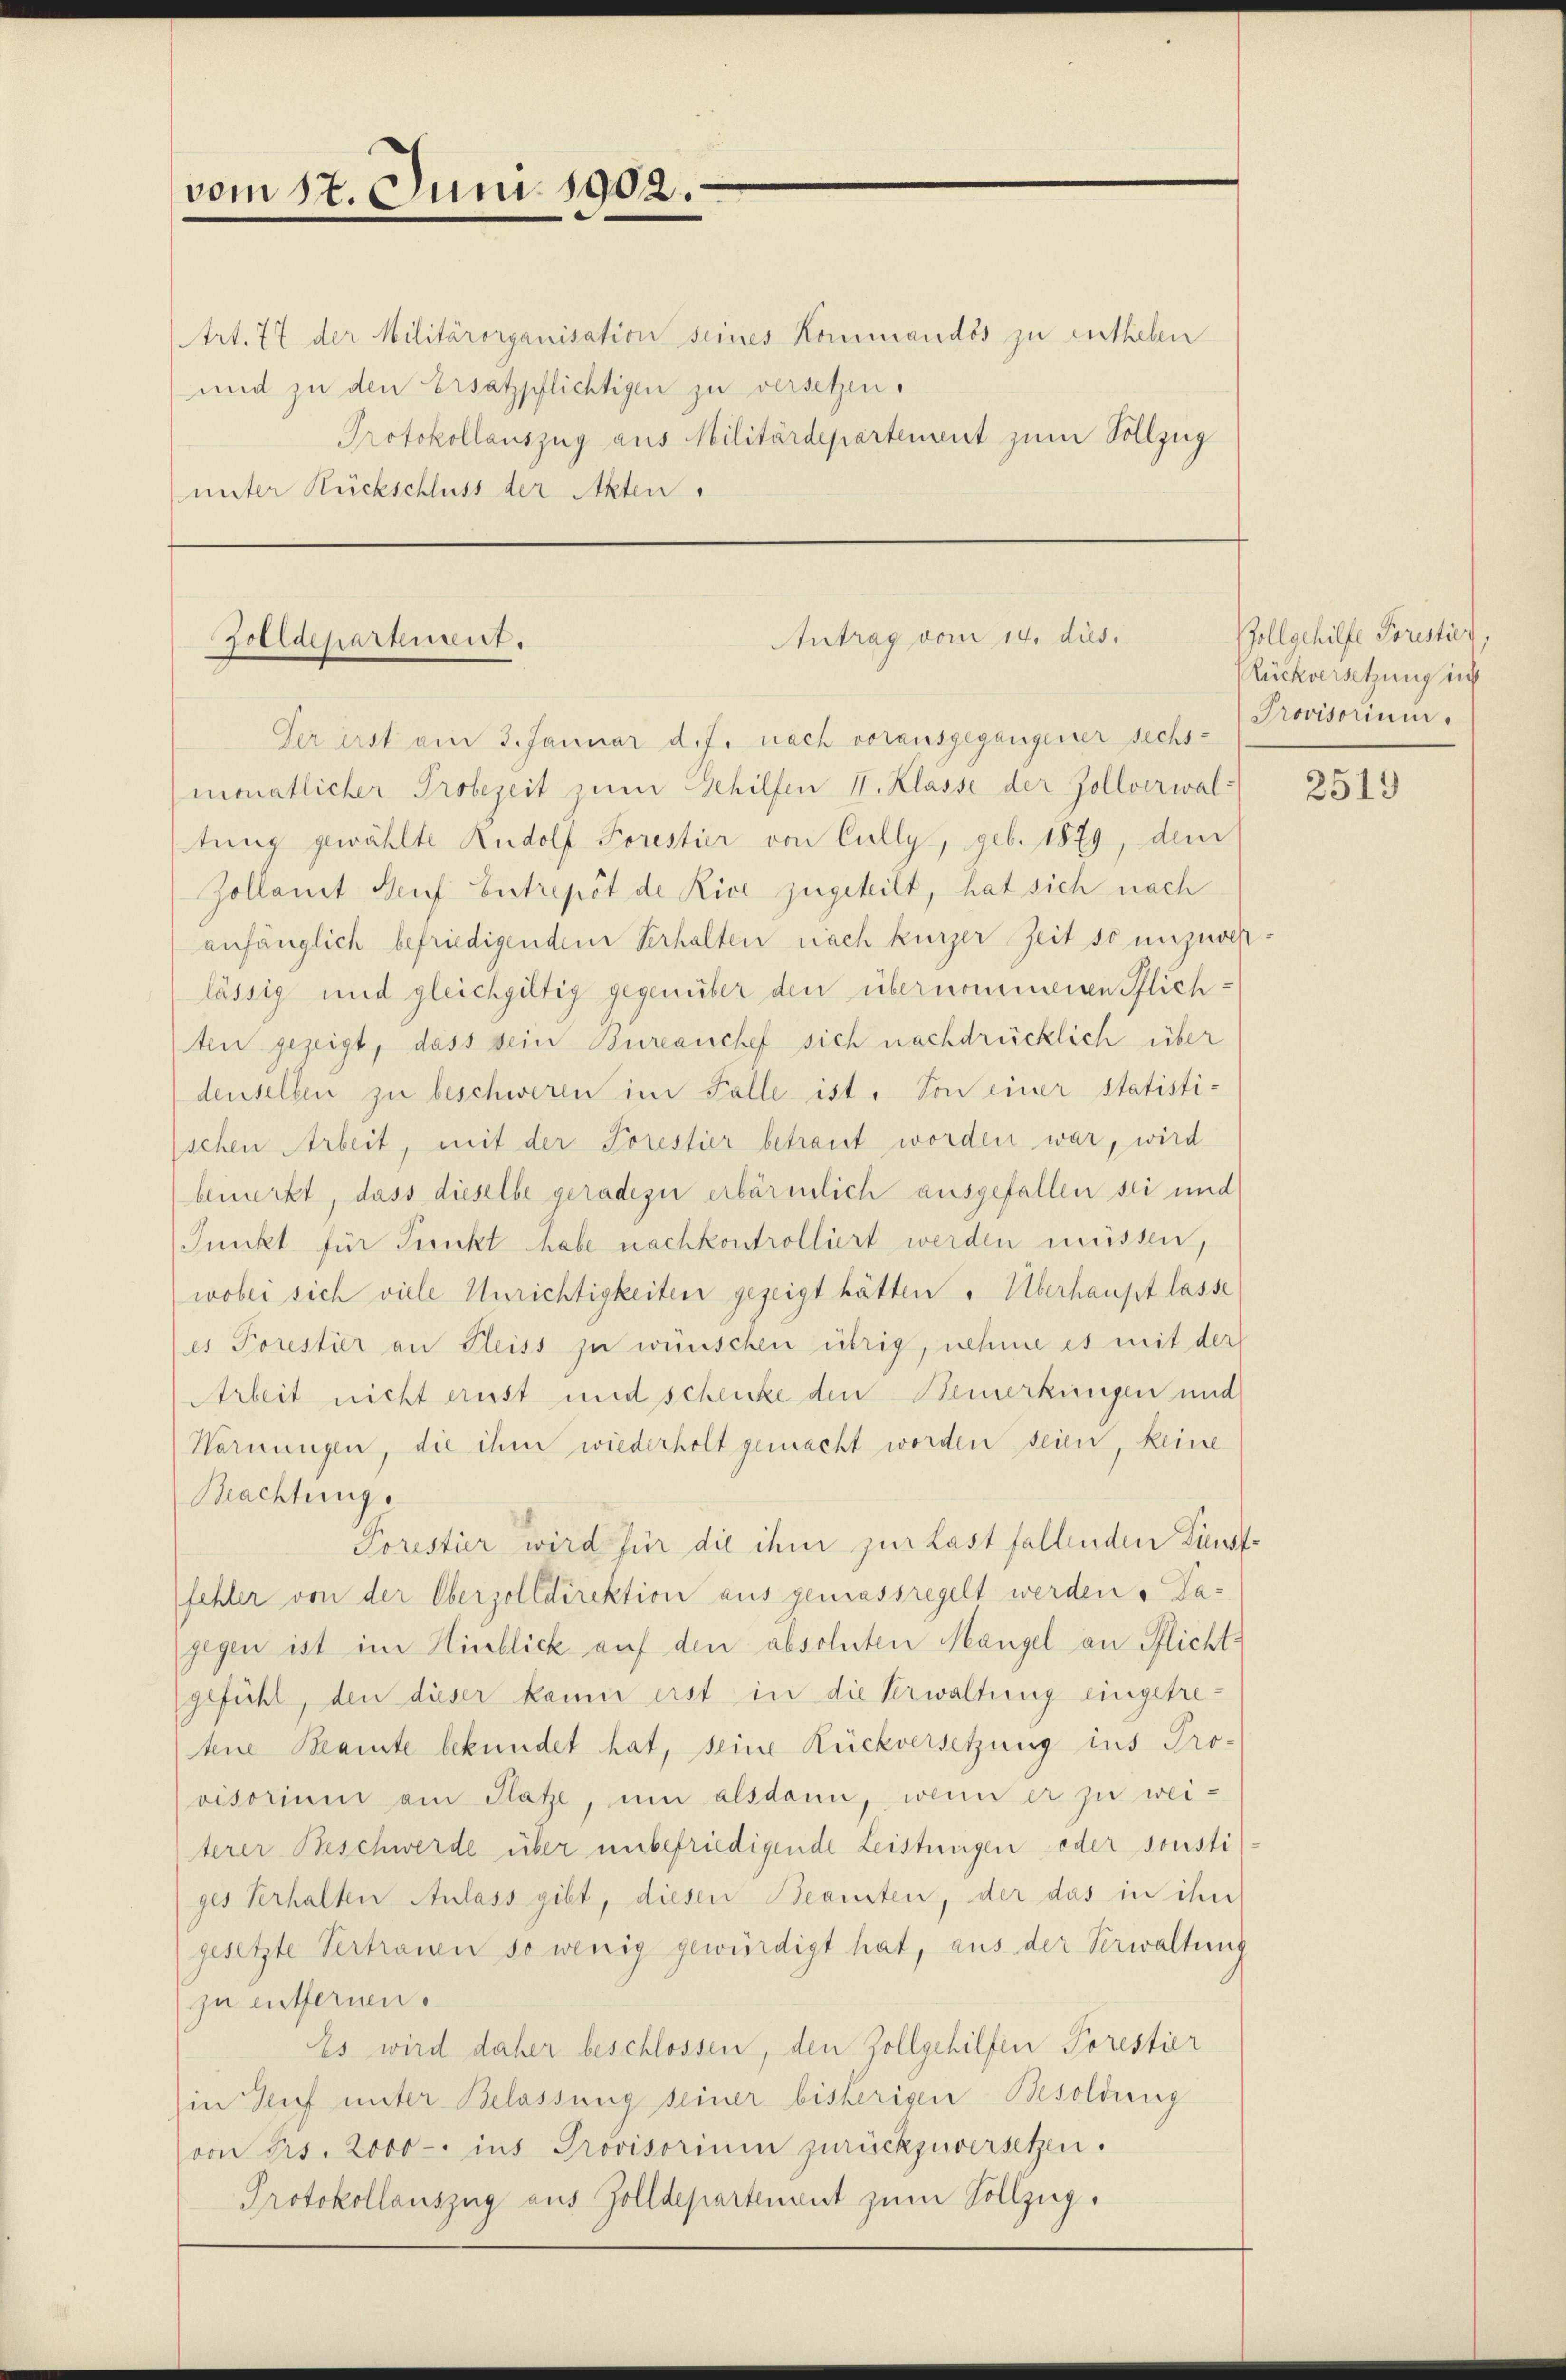
vom 17. Juni 1902.

Art. 77 der Militärorganisation seines Kommandos zu enthieben
und zu den Ersatzpflichtigen zu versetzen.
Protokollauszug aus Militärdepartement zum Vollzug
unter Rückschluss der Akten,

zolldepartement.

Ser erst am 3. Januar d. J. nach vorausgegangener sechs - Provisorium.
monatlicher Probezeit zum Schilfen II. Klasse der Zollverwal-
tung gewählte Rudolf Forestier von Cully, geb. 1879, dem
Zollamt Beruf Entrepot de Rive zugeteilt, hat sich nach
anfänglich befriedigendem Verhalten nach kurzer Zeit so unzuverlässig und gleichgiltig gegenüber den übernommenen Pflichten gezeigt, dass sein Bureauchef sich nachdrücklich über
denselben zu beschweren im Falle ist. Von einer statisti-
schen Arbeit, mit der Porestier betraut worden war, wird
bemerkt, dass dieselbe geradezu erbärmlich ausgefallen sei und
Punkt für Punkt habe nachkontrolliert werden müssen,
wobei sich viele Unrichtigkeiten gezeigt hätten. Überhaupt lasse
es Torestier an Fleiss zu wünschen übrig, nehme es mit der
Arbeit nicht ernst und schenke den Bemerkungen und
Warnungen, die ihm wiederholt gemacht worden seien, keine
Machtung.
Forestier wird für die ihm zur Last fallenden Kunstfehler von der Oberzolldirektion aus gemassregelt werden. Dagegen ist im Hinblick auf den absoluten Mangel an Pflichtgefühl, den dieser kaum erst in die Verwaltung eingetretene Beamte bekundet hat, seine Rückversetzung ins Pro-
visorium am Platze, um alsdann, wenn er zu weiterer Beschwerde über unbefriedigende Leistungen oder sonsti
ges Verhalten Anlass gibt, diesen Beamten, der das in ihn
gesetzte Vertrauen so wenig gewürdigt hat, aus der Verwaltung
zu entfernen.
Es wird daher beschlossen, den Zollgehilfen Porestier
in Auf unter Belassung seiner bisherigen Besoldung
von Frs. 2000. ins Provisorium zurückzuversetzen.
Protokollauszug aus Zolldepartement zum Vollzug.

Antrag vom 14. dus.

ollgehilfe Torestier
Rückversetzung ins

2519